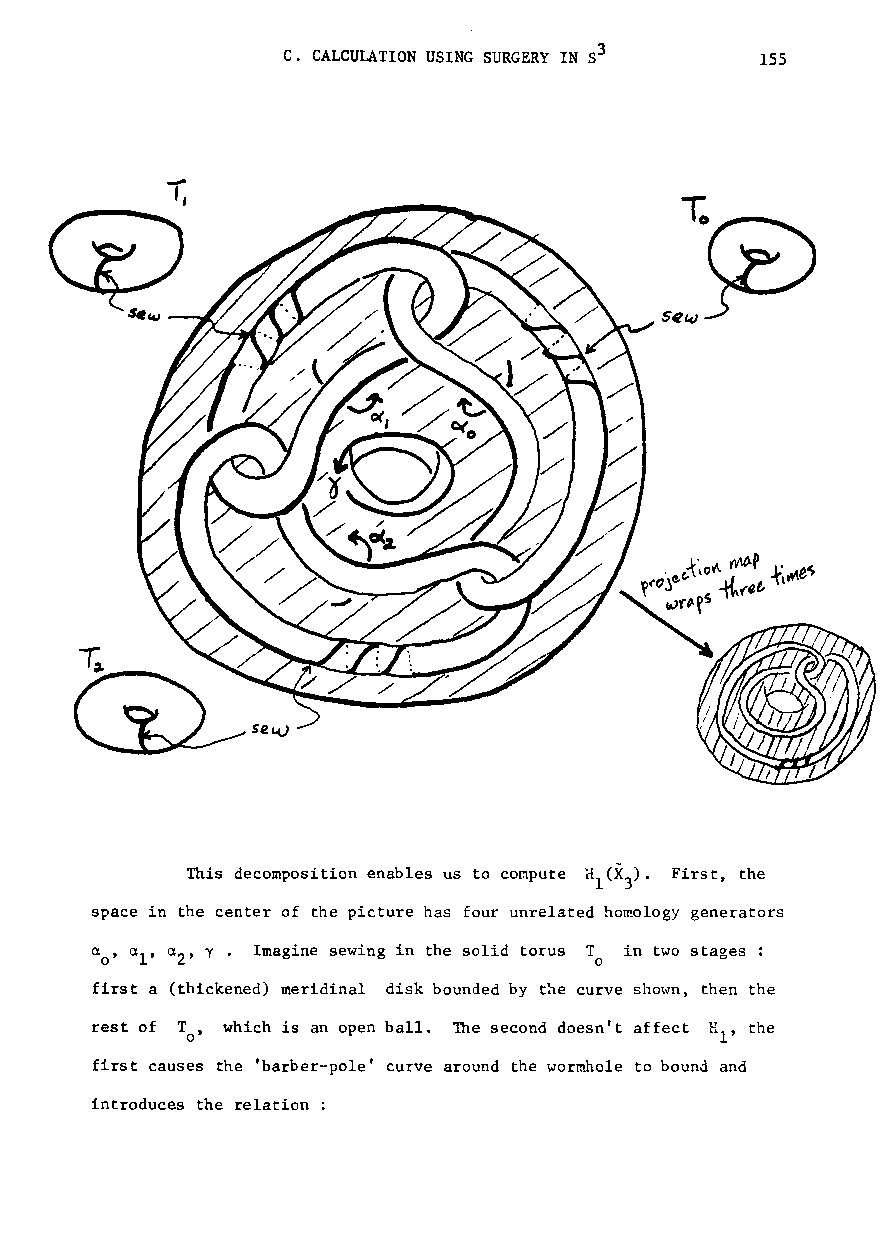
c. CALCULATION USING SURGERY IN S3 155
 (X
 This decomposition enables us to compute rt ). First, the
 1 3
 space in the center of the picture has four unrelated homology generators
 Imagine sewing in the solid torus T in two stages :
 o
 first a (thickened) meridinal disk bounded by the curve shown, then the
 rest of To' which is an open ball. The second doesn't affect HIt the
 first causes the 'barber-pole' curve around the wormhole to bound and
 introduces the relation :